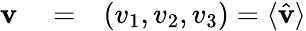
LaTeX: \begin{array}{rlr}{{\mathbf v}}&{{}=}&{(v_{1},v_{2},v_{3})=\langle\hat{\mathbf v}\rangle}\end{array}